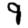
Digit: 9